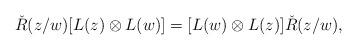
LaTeX: \begin{align*}\check{R}(z/w)[L(z)\otimes L(w)]=[L(w) \otimes L(z)] \check{R}(z/w), \end{align*}